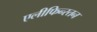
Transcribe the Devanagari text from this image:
एलीफिन्स्तन